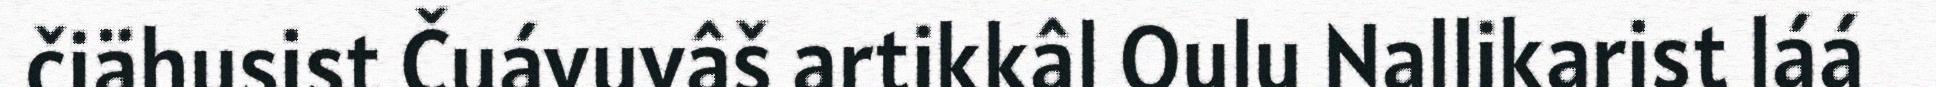
čiähusist Čuávuvâš artikkâl Oulu Nallikarist láá